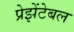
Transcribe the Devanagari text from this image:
प्रेझेंटेबल